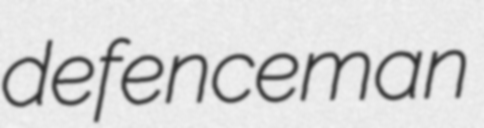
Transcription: defenceman